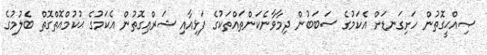
ޞިއްޙީގޮތުން ހަށިގަނޑަށް އެކަމުގެ ސަބަބުން ދިމާވާނެކަންތައްތަކުގެ ފަޅިއާއި ޝަރްޢިގޮތުން އެކަމުގެ ޙުކުމްއޮތްގޮތް ބެލުމުގެ